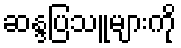
ဆန္ဒပြသူများကို